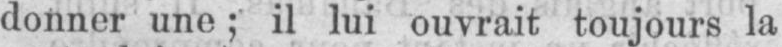
donner une; il lui ouvrait toujours la